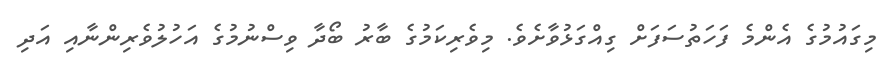
މިގައުމުގެ އެންމެ ފަހަތުސަފަށް ގިއްގަޅުވާށެވެ. މިވެރިކަމުގެ ބާރު ބޯދާ ވިސްނުމުގެ އަހުލުވެރިންނާއި އަދި